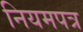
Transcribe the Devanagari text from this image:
नियमपत्र